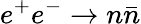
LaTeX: e^{+}e^{-}\to n\bar{n}